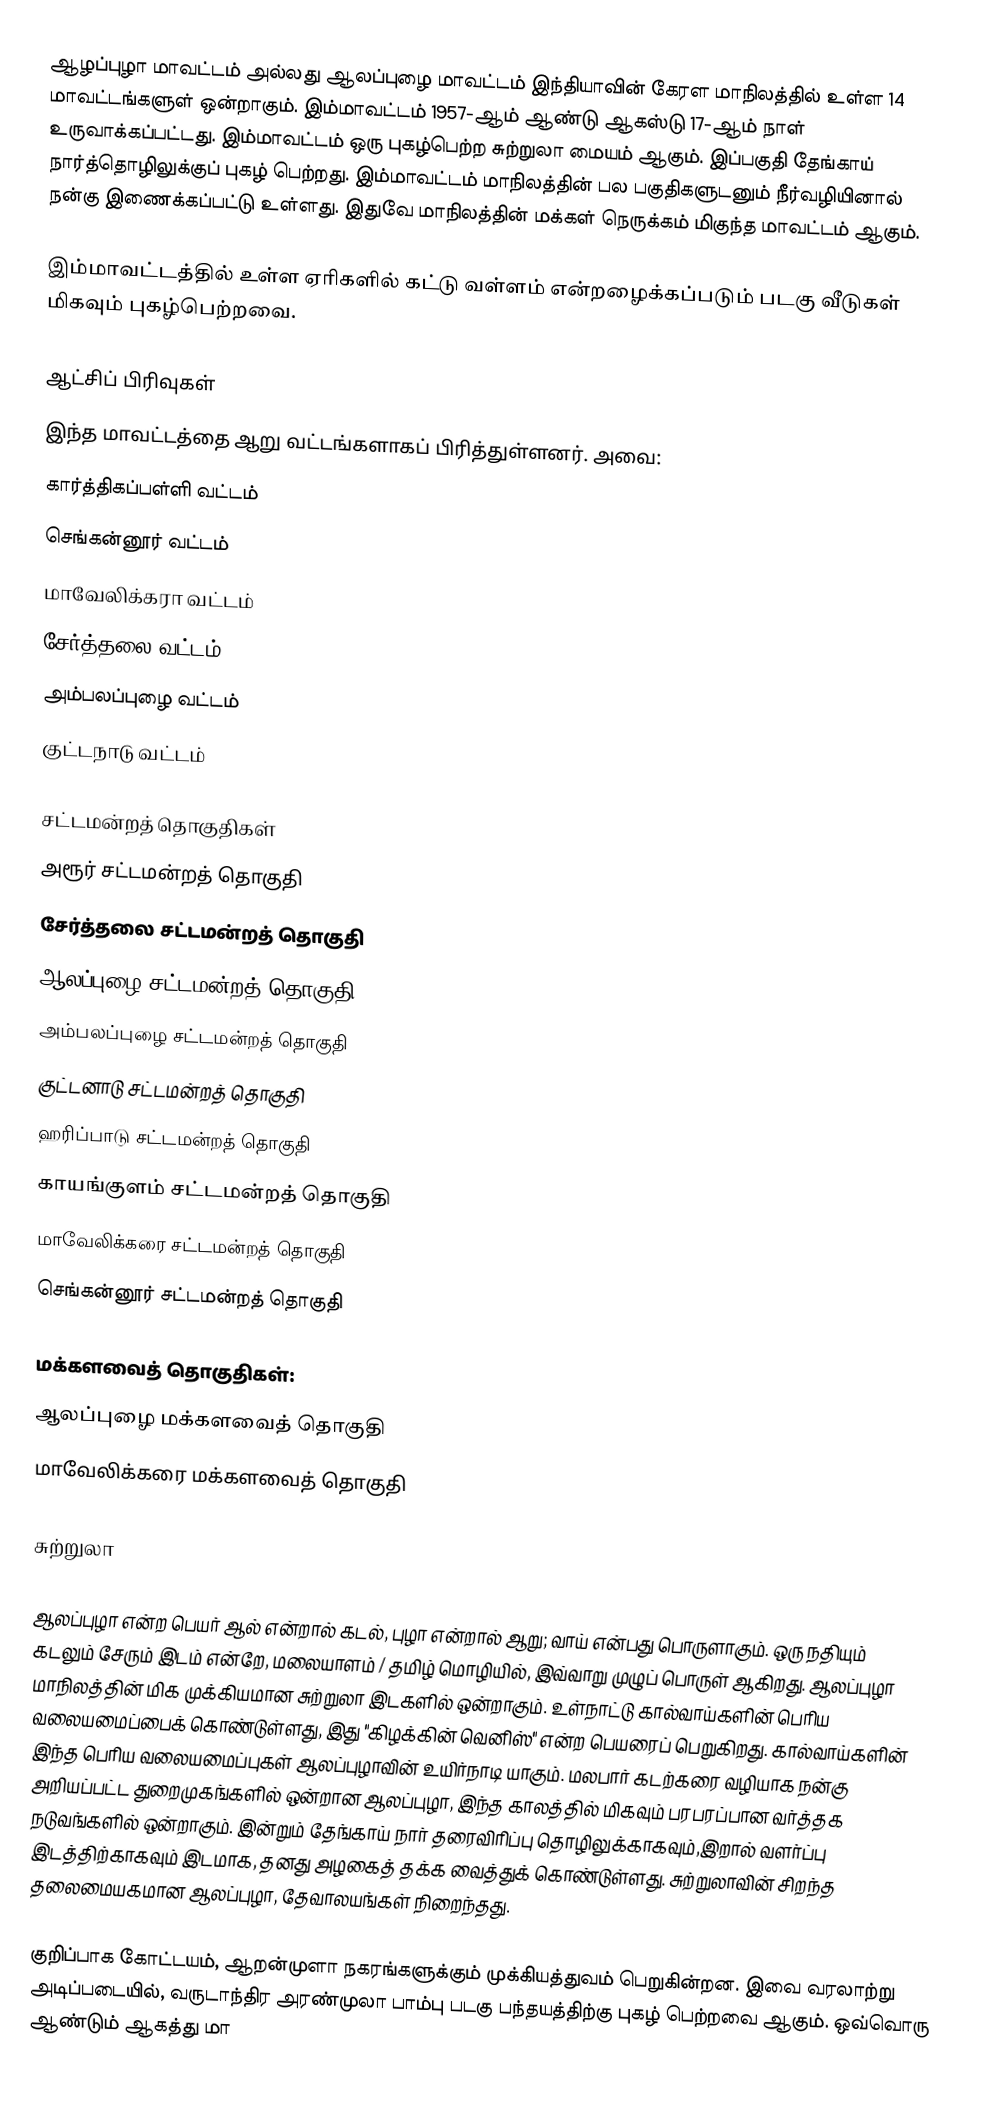
ஆழப்புழா மாவட்டம் அல்லது ஆலப்புழை மாவட்டம் இந்தியாவின் கேரள மாநிலத்தில் உள்ள 14 மாவட்டங்களுள் ஒன்றாகும். இம்மாவட்டம் 1957-ஆம் ஆண்டு ஆகஸ்டு 17-ஆம் நாள் உருவாக்கப்பட்டது. இம்மாவட்டம் ஒரு புகழ்பெற்ற சுற்றுலா மையம் ஆகும். இப்பகுதி தேங்காய் நார்த்தொழிலுக்குப் புகழ் பெற்றது. இம்மாவட்டம் மாநிலத்தின் பல பகுதிகளுடனும் நீர்வழியினால் நன்கு இணைக்கப்பட்டு உள்ளது. இதுவே மாநிலத்தின் மக்கள் நெருக்கம் மிகுந்த மாவட்டம் ஆகும்.

இம்மாவட்டத்தில் உள்ள ஏரிகளில் கட்டு வள்ளம் என்றழைக்கப்படும் படகு வீடுகள் மிகவும் புகழ்பெற்றவை.

ஆட்சிப் பிரிவுகள்
இந்த மாவட்டத்தை ஆறு வட்டங்களாகப் பிரித்துள்ளனர். அவை:
 கார்த்திகப்பள்ளி வட்டம்
 செங்கன்னூர் வட்டம்
 மாவேலிக்கரா வட்டம்
 சேர்த்தலை வட்டம்
 அம்பலப்புழை வட்டம்
 குட்டநாடு வட்டம்

சட்டமன்றத் தொகுதிகள்
அரூர் சட்டமன்றத் தொகுதி
சேர்த்தலை சட்டமன்றத் தொகுதி
ஆலப்புழை சட்டமன்றத் தொகுதி
அம்பலப்புழை சட்டமன்றத் தொகுதி
குட்டனாடு சட்டமன்றத் தொகுதி
ஹரிப்பாடு சட்டமன்றத் தொகுதி
காயங்குளம் சட்டமன்றத் தொகுதி
மாவேலிக்கரை சட்டமன்றத் தொகுதி
செங்கன்னூர் சட்டமன்றத் தொகுதி

மக்களவைத் தொகுதிகள்:
ஆலப்புழை மக்களவைத் தொகுதி
மாவேலிக்கரை மக்களவைத் தொகுதி

சுற்றுலா

ஆலப்புழா என்ற பெயர்  ஆல்  என்றால் கடல்,  புழா  என்றால் ஆறு; வாய் என்பது பொருளாகும். ஒரு நதியும் கடலும் சேரும் இடம் என்றே, மலையாளம் / தமிழ் மொழியில், இவ்வாறு முழுப் பொருள் ஆகிறது. ஆலப்புழா மாநிலத்தின் மிக முக்கியமான சுற்றுலா இடகளில் ஒன்றாகும். உள்நாட்டு கால்வாய்களின் பெரிய வலையமைப்பைக் கொண்டுள்ளது, இது "கிழக்கின் வெனிஸ்" என்ற பெயரைப் பெறுகிறது. கால்வாய்களின் இந்த பெரிய வலையமைப்புகள் ஆலப்புழாவின் உயிர்நாடி யாகும். மலபார் கடற்கரை வழியாக நன்கு அறியப்பட்ட துறைமுகங்களில் ஒன்றான ஆலப்புழா, இந்த காலத்தில் மிகவும் பரபரப்பான வர்த்தக நடுவங்களில் ஒன்றாகும். இன்றும் தேங்காய் நார் தரைவிரிப்பு தொழிலுக்காகவும்,இறால் வளர்ப்பு இடத்திற்காகவும் இடமாக, தனது அழகைத் தக்க வைத்துக் கொண்டுள்ளது. சுற்றுலாவின் சிறந்த தலைமையகமான ஆலப்புழா, தேவாலயங்கள் நிறைந்தது.

குறிப்பாக கோட்டயம், ஆறன்முளா நகரங்களுக்கும் முக்கியத்துவம் பெறுகின்றன. இவை வரலாற்று அடிப்படையில், வருடாந்திர அரண்முலா பாம்பு படகு பந்தயத்திற்கு புகழ் பெற்றவை ஆகும். ஒவ்வொரு ஆண்டும் ஆகத்து மா